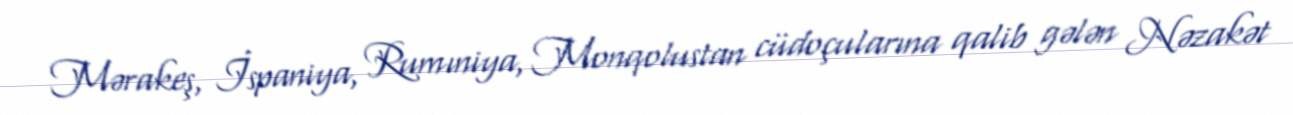
Mərakeş, İspaniya, Rumıniya, Monqolustan cüdoçularına qalib gələn Nəzakət